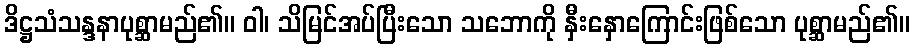
ဒိဋ္ဌသံသန္ဒနာပုစ္ဆာမည်၏။ ဝါ၊ သိမြင်အပ်ပြီးသော သဘောကို နှီးနှောကြောင်းဖြစ်သော ပုစ္ဆာမည်၏။